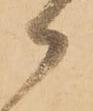
御